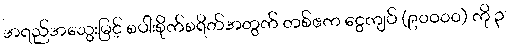
အရည်အသွေးမြင့် စပါးစိုက်စရိတ်အတွက် တစ်ဧက ငွေကျပ် (၉၀၀၀၀) ကို ၃